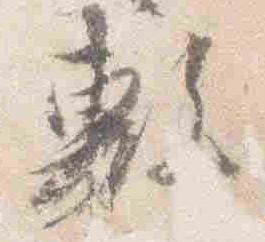
敷